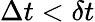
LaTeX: \Delta t<\delta t